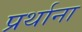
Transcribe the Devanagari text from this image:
प्रर्थाना